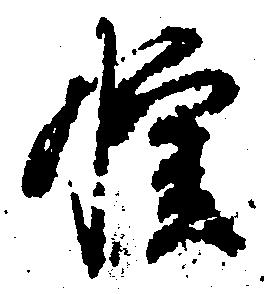
惶